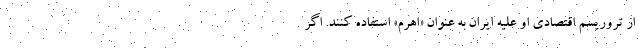
از تروریسم اقتصادی او علیه ایران به عنوان «اهرم» استفاده کنند. اگر